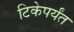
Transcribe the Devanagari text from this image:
टिकेपर्यंत